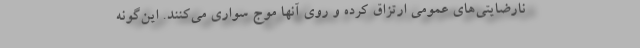
نارضایتی‌های عمومی ارتزاق کرده و روی آنها موج سواری می‌کنند. این‌گونه